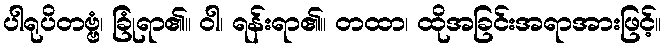
ပါရုပိတဗ္ဗံ၊ ခြုံရာ၏။ ဝါ၊ ရန်းရာ၏။ တထာ၊ ထိုအခြင်းအရာအားဖြင့်။